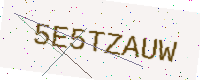
Text: 5E5TZAUW